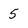
Character: 5